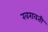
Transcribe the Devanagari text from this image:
खरावती